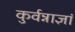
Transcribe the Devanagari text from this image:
कुर्वन्नाज्ञां